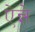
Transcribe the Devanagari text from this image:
ऐन्ने